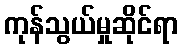
ကုန်သွယ်မှုဆိုင်ရာ